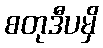
စတုဒီပမှိ